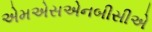
એમએસએનબીસીએ